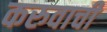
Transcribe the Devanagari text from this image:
करुवाची